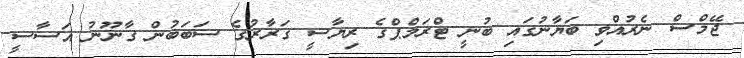
ޖޭމްސް ނެރުއްވި ބަޔާނުގައި ބުނީ ޓްރަމްޕްގެ ރިޔާސީ ގަރާރުގެ ސަބަބުން ގާނޫނު އަސާސީ